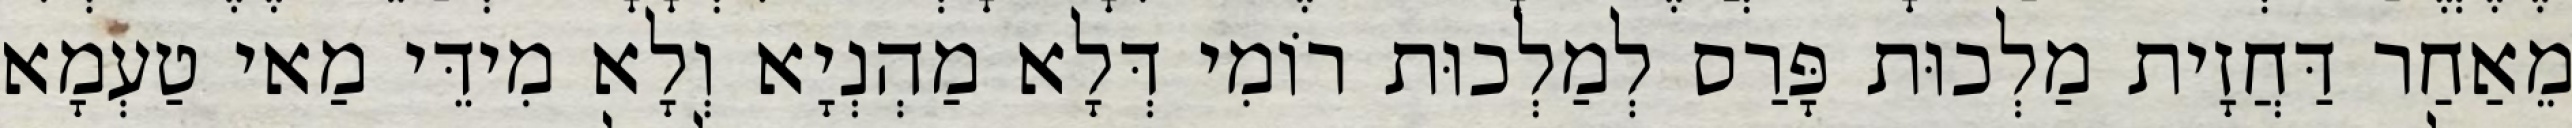
מֵאַחַר דַּחֲזָית מַלְכוּת פָּרַס לְמַלְכוּת רוֹמִי דְּלָא מַהְנְיָא וְלָא מִידֵּי מַאי טַעְמָא